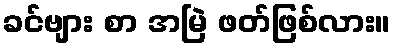
ခင်ဗျား စာ အမြဲ ဖတ်ဖြစ်လား။